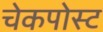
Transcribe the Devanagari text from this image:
चेकपोस्‍ट